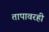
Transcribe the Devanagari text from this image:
तापावरही